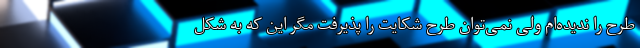
طرح را ندیده‌ام ولی نمی‌توان طرح شکایت را پذیرفت مگر این که به شکل